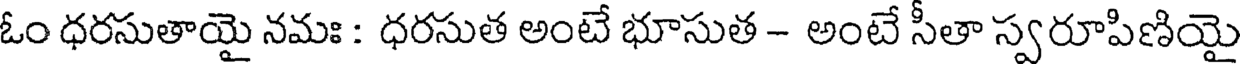
ఓం ధరసుతాయై నమః : ధరసుత అంటే భూసుత - అంటే సీతా స్వరూపిణియై